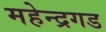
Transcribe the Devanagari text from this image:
महेन्द्रगड